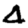
Digit: 4